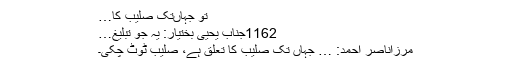
تو جہاںتک صلیب کا…
1162جناب یحییٰ بختیار: یہ جو تبلیغ…
مرزاناصر احمد: … جہاں تک صلیب کا تعلق ہے، صلیب ٹوٹ چکی۔